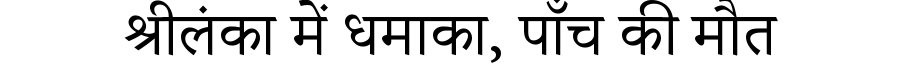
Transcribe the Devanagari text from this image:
श्रीलंका में धमाका, पाँच की मौत